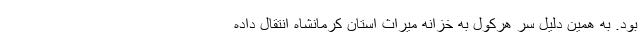
بود. به همین دلیل سر هرکول به خزانه میراث استان کرمانشاه انتقال داده